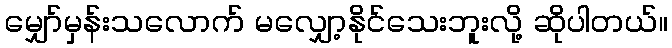
မျှော်မှန်းသလောက် မလျှော့နိုင်သေးဘူးလို့ ဆိုပါတယ်။